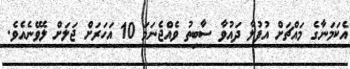
އެކަމަނާގެ މައްޗަށް އުފުލާ ދައުވާ ސާބިތު ވެއްޖެނަމަ 10 އަހަރަށް ޖަލަށް ލެވޭނެއެވެ.